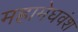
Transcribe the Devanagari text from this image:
महामेघवंश